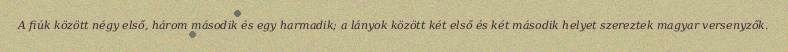
A fiúk között négy első, három második és egy harmadik; a lányok között két első és két második helyet szereztek magyar versenyzők.